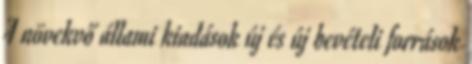
A növekvő állami kiadások új és új bevételi források